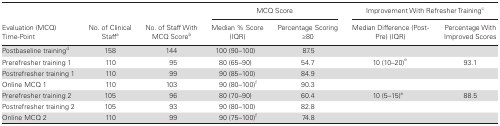
<table><thead><tr><td rowspan="2"><b>Evaluation (MCQ)Time-Point</b></td><td rowspan="2"><b>No. of Clinical Staff<sup>a</sup></b></td><td rowspan="2"><b>No. of Staff With MCQ Score<sup>b</sup></b></td><td colspan="2"><b>MCQ Score</b></td><td colspan="2"><b>Improvement With Refresher Training<sup>c</sup></b></td></tr><tr><td><b>Median % Score (IQR)</b></td><td><b>Percentage Scoring ≥80</b></td><td><b>Median Difference (Post- Pre) (IQR)</b></td><td><b>Percentage With Improved Scores</b></td></tr></thead><tbody><tr><td>Postbaseline training<sup>d</sup></td><td>158</td><td>144</td><td>100 (90–100)</td><td>87.5</td><td>[EMPTY_CELL]</td><td>[EMPTY_CELL]</td></tr><tr><td>Prerefresher training 1</td><td>110</td><td>95</td><td>80 (65–90)</td><td>54.7</td><td>10 (10–20)e</td><td>93.1</td></tr><tr><td>Postrefresher training 1</td><td>110</td><td>99</td><td>90 (85–100)</td><td>84.9</td><td>[EMPTY_CELL]</td><td>[EMPTY_CELL]</td></tr><tr><td>Online MCQ 1</td><td>110</td><td>103</td><td>90 (80–100)f</td><td>90.3</td><td>[EMPTY_CELL]</td><td>[EMPTY_CELL]</td></tr><tr><td>Prerefresher training 2</td><td>105</td><td>96</td><td>80 (70–90)</td><td>60.4</td><td>10 (5–15)e</td><td>88.5</td></tr><tr><td>Postrefresher training 2</td><td>105</td><td>93</td><td>90 (80–100)</td><td>82.8</td><td>[EMPTY_CELL]</td><td>[EMPTY_CELL]</td></tr><tr><td>Online MCQ 2</td><td>110</td><td>99</td><td>90 (75–100)f</td><td>74.8</td><td>[EMPTY_CELL]</td><td>[EMPTY_CELL]</td></tr></tbody></table>